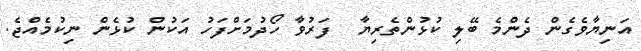
އަނިޔާވެގެން ދެންމެ ބޭލި ކުޅުންތެރިޔާ  ފަރުވާ ހޯދުމަށްފަހު އަކުން ކުޅެން ނިކުމެއްޖެ.